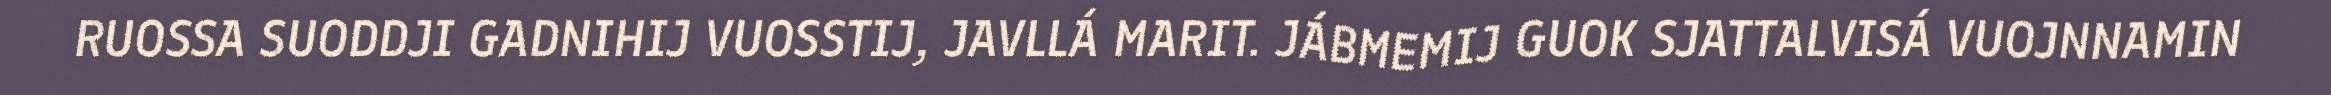
RUOSSA SUODDJI GADNIHIJ VUOSSTIJ, JAVLLÁ MARIT. JÁBMEMIJ GUOK SJATTALVISÁ VUOJNNAMIN